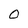
Character: O